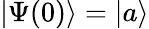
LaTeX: \left|\Psi(0)\right\rangle=\left|a\right\rangle